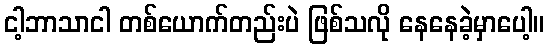
ငါ့ဘာသာငါ တစ်ယောက်တည်းပဲ ဖြစ်သလို နေနေခဲ့မှာပေါ့။